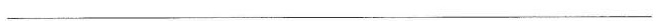
___